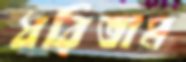
ধরিতাম